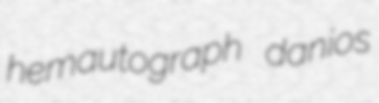
hemautograph danios